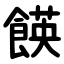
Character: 䭊